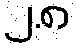
၂.၈